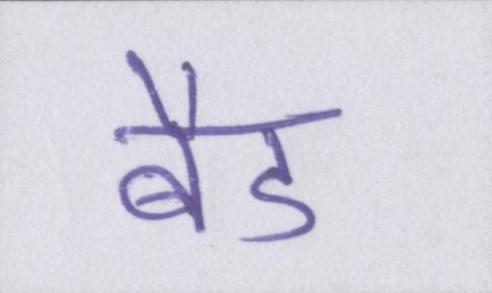
बैड